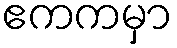
ဧကကမှာ